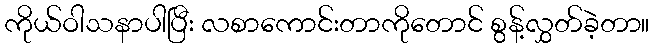
ကိုယ်ဝါသနာပါပြီး လစာကောင်းတာကိုတောင် စွန့်လွှတ်ခဲ့တာ။